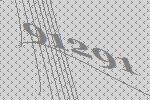
91291